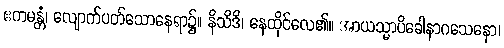
ဧကမန္တံ၊ လျောက်ပတ်သောနေရာ၌။ နိသိဒိ၊ နေထိုင်လေ၏။ အာယသ္မာပိခေါနာဂသေနော၊